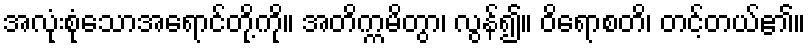
အလုံးစုံသောအရောင်တို့ကို။ အတိက္ကမိတွာ၊ လွန်၍။ ဝိရောစတိ၊ တင့်တယ်၏။